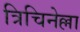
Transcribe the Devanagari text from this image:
त्रिचिनेल्ला